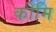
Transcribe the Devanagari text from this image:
कीमि